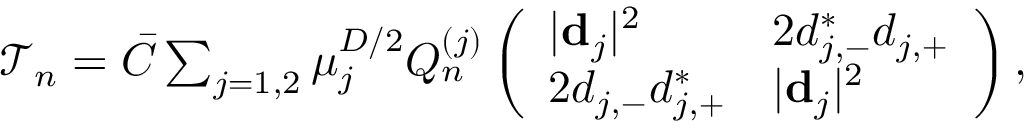
\begin{array} { r } { \mathcal { T } _ { n } = \bar { C } \sum _ { j = 1 , 2 } \mu _ { j } ^ { D / 2 } Q _ { n } ^ { ( j ) } \left( \begin{array} { l l } { | { \bf d } _ { j } | ^ { 2 } } & { 2 d _ { j , - } ^ { * } d _ { j , + } } \\ { 2 d _ { j , - } d _ { j , + } ^ { * } } & { | { \bf d } _ { j } | ^ { 2 } } \end{array} \right) , } \end{array}